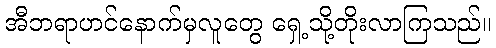
အီဘရာဟင်နောက်မှလူတွေ ရှေ့သို့တိုးလာကြသည်။